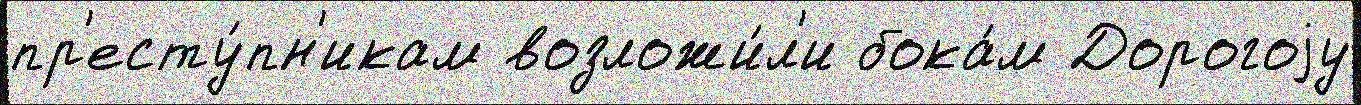
пр'есту́пн'икам возложи́л'и бока́м Дорогоjу